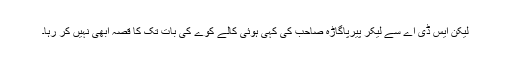
لیکن ایس ڈی اے سے لیکر پیرپاگاڑہ صاحب کی کہی ہوئی کالے کوے کی بات تک کا قصہ ابھی نہیں کر رہا۔